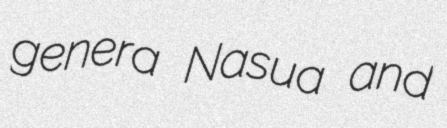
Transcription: genera Nasua and